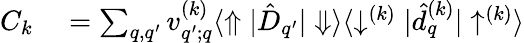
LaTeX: \begin{array}{rl}{C_{k}}&{{}=\sum_{q,q^{\prime}}v_{q^{\prime};q}^{(k)}\langle\Uparrow|\hat{D}_{q^{\prime}}|\Downarrow\rangle\langle\downarrow^{(k)}|\hat{d}_{q}^{(k)}|\uparrow^{(k)}\rangle}\end{array}